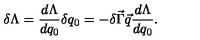
\delta \Lambda = \frac { d \Lambda } { d q _ { 0 } } \delta q _ { 0 } = - \delta \vec { \Gamma } \vec { q } \frac { d \Lambda } { d q _ { 0 } } .